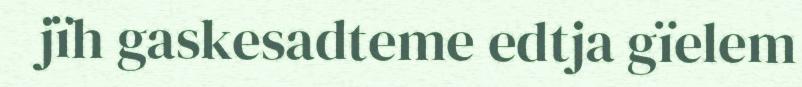
jïh gaskesadteme edtja gïelem